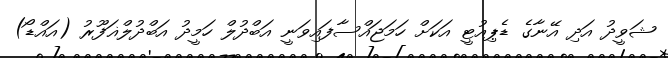
ޝަވީދު އަދި އޭނާގެ ޑެޕިއުޓީ އަކަށް ހަމަޖައްސާފައިވަނީ އަބްދުލް ހަމީދު އަބްދުލްޣަފޫރު (އައްޑޯ)